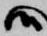
候